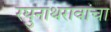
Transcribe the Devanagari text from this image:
रघुनाथरावांचा